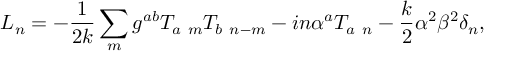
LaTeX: L _ { n } = - { \frac { 1 } { 2 k } } \sum _ { m } g ^ { a b } T _ { a \ m } T _ { b \ n - m } - i n \alpha ^ { a } T _ { a \ n } - { \frac { k } { 2 } } \alpha ^ { 2 } \beta ^ { 2 } \delta _ { n } ,